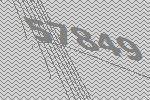
57849